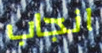
انجاب